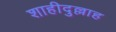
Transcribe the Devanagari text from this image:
शाहीदुल्लाह